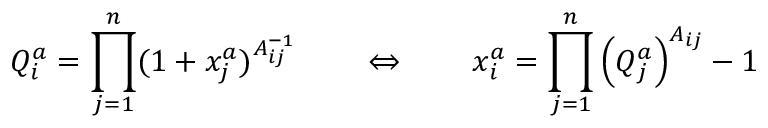
Q _ { i } ^ { a } = \prod _ { j = 1 } ^ { n } ( 1 + x _ { j } ^ { a } ) ^ { A _ { i j } ^ { - 1 } } \qquad \Leftrightarrow \qquad x _ { i } ^ { a } = \prod _ { j = 1 } ^ { n } \left( Q _ { j } ^ { a } \right) ^ { A _ { i j } } - 1